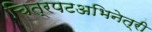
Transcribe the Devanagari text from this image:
चित्रपटअभिनेत्री